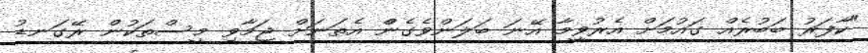
"ކާފަރު ބަބުރެއް ގައުމަށް އެރުވީމާ އޭނަ ބަލަންވެގެންް އެތަނަަށް ޖަމާވި މީސްތަކުން ރޭގަނޑު